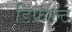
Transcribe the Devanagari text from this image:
डिफ़ाल्ट